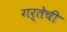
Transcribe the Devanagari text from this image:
गर्तेची